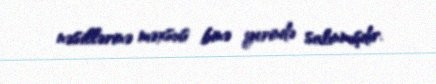
nəsillərinə məxsus binə yerində salınmışdır.